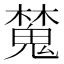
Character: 𣝹